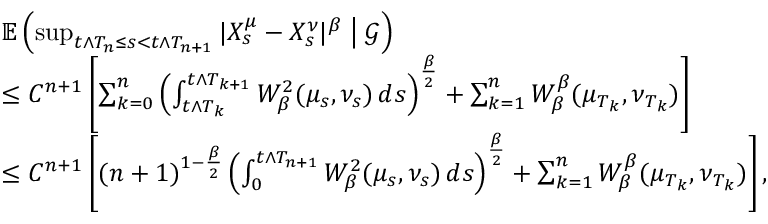
\begin{array} { r l } & { \mathbb { E } \left( \operatorname* { s u p } _ { t \wedge T _ { n } \leq s < t \wedge T _ { n + 1 } } | X _ { s } ^ { \mu } - X _ { s } ^ { \nu } | ^ { \beta } \bigm | \mathcal { G } \right) } \\ & { \leq C ^ { n + 1 } \left[ \sum _ { k = 0 } ^ { n } \left( \int _ { t \wedge T _ { k } } ^ { t \wedge T _ { k + 1 } } W _ { \beta } ^ { 2 } ( \mu _ { s } , \nu _ { s } ) \, d s \right) ^ { \frac { \beta } { 2 } } + \sum _ { k = 1 } ^ { n } W _ { \beta } ^ { \beta } ( \mu _ { T _ { k } } , \nu _ { T _ { k } } ) \right] } \\ & { \leq C ^ { n + 1 } \left[ ( n + 1 ) ^ { 1 - \frac { \beta } { 2 } } \left( \int _ { 0 } ^ { t \wedge T _ { n + 1 } } W _ { \beta } ^ { 2 } ( \mu _ { s } , \nu _ { s } ) \, d s \right) ^ { \frac { \beta } { 2 } } + \sum _ { k = 1 } ^ { n } W _ { \beta } ^ { \beta } ( \mu _ { T _ { k } } , \nu _ { T _ { k } } ) \right] , } \end{array}